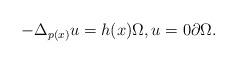
LaTeX: \begin{align*}-\Delta _{p(x)}u=h(x)\Omega ,u=0\partial\Omega . \end{align*}